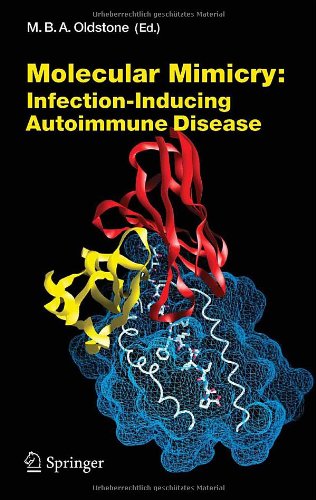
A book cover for Molecular Mimicry: Infection Inducing Autoimmune Disease (Current Topics in Microbiology and Immunology); Health, Fitness & Dieting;